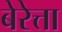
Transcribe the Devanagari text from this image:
बेरेत्ता